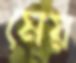
মেয়